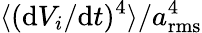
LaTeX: \langle(\mathrm{d}V_{i}/\mathrm{d}t)^{4}\rangle/a_{\mathrm{rms}}^{4}